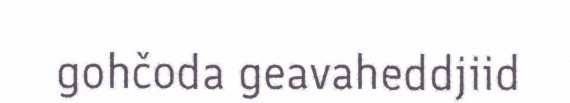
gohčoda geavaheddjiid